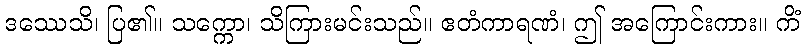
ဒဿေသိ၊ ပြ၏။ သက္ကော၊ သိကြားမင်းသည်။ ဧတံကာရဏံ၊ ဤ အကြောင်းကား။ ကိံ